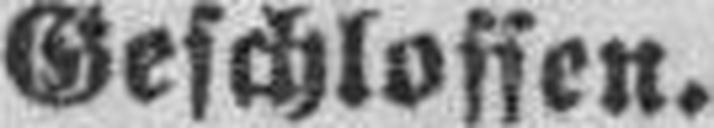
Geschlossen.